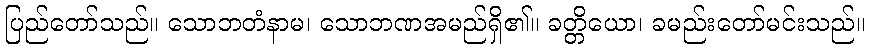
ပြည်တော်သည်။ သောဘတံနာမ၊ သောဘဏအမည်ရှိ၏။ ခတ္တိယော၊ ခမည်းတော်မင်းသည်။